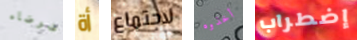
ضوضاء أة لاجتماع أخذوه إضطراب